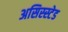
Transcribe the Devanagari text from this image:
असिस्स्टेड